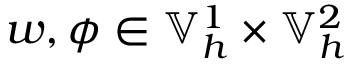
w , \phi \in \mathbb { V } _ { h } ^ { 1 } \times \mathbb { V } _ { h } ^ { 2 }